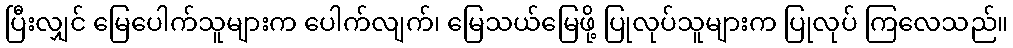
ပြီးလျှင် မြေပေါက်သူများက ပေါက်လျက်၊ မြေသယ်မြေဖို့ ပြုလုပ်သူများက ပြုလုပ် ကြလေသည်။